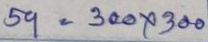
59 = 300 x 300